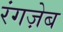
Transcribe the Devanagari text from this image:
रंगज़ेब